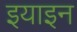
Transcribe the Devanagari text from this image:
इयाइन